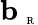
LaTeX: {\mathbf b}_{\mathrm{~\tiny~R~}}